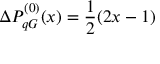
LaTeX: \Delta P _ { q G } ^ { ( 0 ) } ( x ) = \frac 1 2 ( 2 x - 1 )